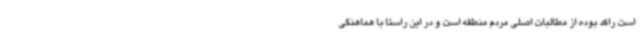
است راکد بوده از مطالبات اصلی مردم منطقه است و در این راستا با هماهنگی